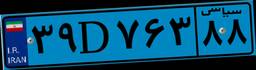
۳۹D۷۶۳۸۸